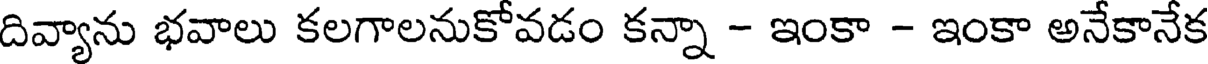
దివ్యాను భవాలు కలగాలనుకోవడం కన్నా - ఇంకా - ఇంకా అనేకానేక